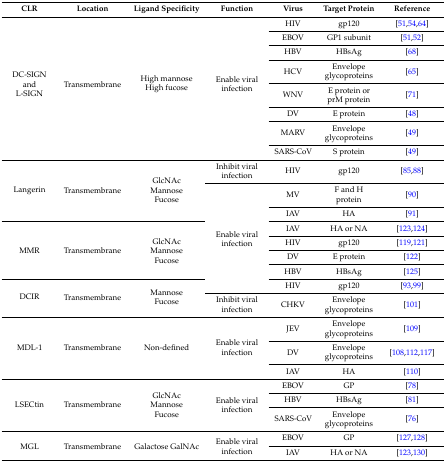
| CLR | Location | Ligand Specificity | Function | Virus | Target Protein | Reference |
 | --- | --- | --- | --- | --- | --- | --- |
 | <ROWSPAN=8> DC-SIGNandL-SIGN | <ROWSPAN=8> Transmembrane | <ROWSPAN=8> High mannoseHigh fucose | <ROWSPAN=8> Enable viral infection | HIV | gp120 | [51,54,64] |
 | EBOV | GP1 subunit | [51,52] |
 | HBV | HBsAg | [68] |
 | HCV | Envelope glycoproteins | [65] |
 | WNV | E protein or prM protein | [71] |
 | DV | E protein | [48] |
 | MARV | Envelope glycoproteins | [49] |
 | SARS-CoV | S protein | [49] |
 | <ROWSPAN=3> Langerin | <ROWSPAN=3> Transmembrane | <ROWSPAN=3> GlcNAcMannoseFucose | Inhibit viral infection | HIV | gp120 | [85,88] |
 | <ROWSPAN=7> Enable viral infection | MV | F and H protein | [90] |
 | IAV | HA | [91] |
 | <ROWSPAN=4> MMR | <ROWSPAN=4> Transmembrane | <ROWSPAN=4> GlcNAcMannoseFucose | IAV | HA or NA | [123,124] |
 | HIV | gp120 | [119,121] |
 | DV | E protein | [122] |
 | HBV | HBsAg | [125] |
 | <ROWSPAN=2> DCIR | <ROWSPAN=2> Transmembrane | <ROWSPAN=2> MannoseFucose | HIV | gp120 | [93,99] |
 | Inhibit viral infection | CHKV | Envelope glycoproteins | [101] |
 | <ROWSPAN=3> MDL-1 | <ROWSPAN=3> Transmembrane | <ROWSPAN=3> Non-defined | <ROWSPAN=3> Enable viral infection | JEV | Envelope glycoproteins | [109] |
 | DV | Envelope glycoproteins | [108,112,117] |
 | IAV | HA | [110] |
 | <ROWSPAN=3> LSECtin | <ROWSPAN=3> Transmembrane | <ROWSPAN=3> GlcNAcMannoseFucose | <ROWSPAN=3> Enable viral infection | EBOV | GP | [78] |
 | HBV | HBsAg | [81] |
 | SARS-CoV | Envelope glycoproteins | [76] |
 | <ROWSPAN=2> MGL | <ROWSPAN=2> Transmembrane | <ROWSPAN=2> Galactose GalNAc | <ROWSPAN=2> Enable viral infection | EBOV | GP | [127,128] |
 | IAV | HA or NA | [123,130] |